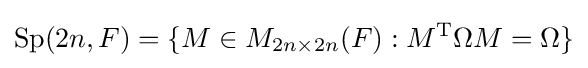
\operatorname {Sp} (2n,F)=\{M\in M_{2n\times 2n}(F):M^{\mathrm {T} }\Omega M=\Omega \}